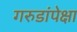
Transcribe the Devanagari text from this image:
गरुडांपेक्षा